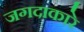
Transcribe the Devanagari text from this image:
जगदाकारे